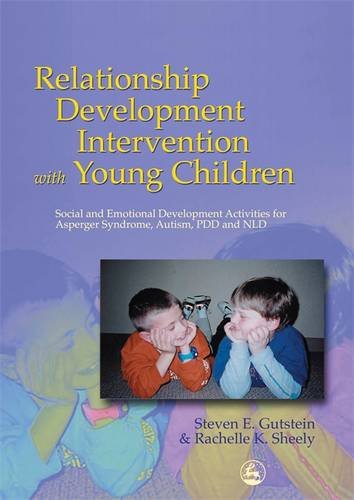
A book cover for Relationship Development Intervention with Young Children: Social and Emotional Development Activities for Asperger Syndrome, Autism, PDD and NLD; Steven E. Gutstein; Law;